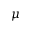
\mu